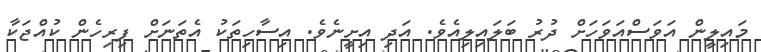
މައިލީން އަވަސްއަވަހަށް ދުރު ބަލައިލިއެވެ. އަދި އިށީނެވެ. އިސާހިތަކު އެތަނަށް ފިރިހެން ކުއްޖަކާ